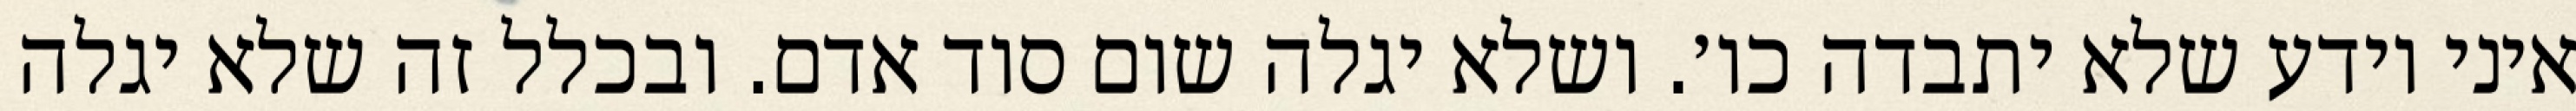
איני יודע שלא יתבדה כו׳. ושלא יגלה שום סוד אדם. ובכלל זה שלא יגלה